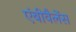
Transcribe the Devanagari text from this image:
एंबीवैलेंस